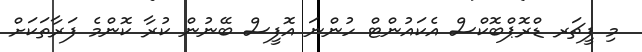
މި ފީޗަރ ޑްރޮޕްބޮކްސް އެކައުންޓް ހުންނަ އޮފީސް ބޭނުން ކުރާ ކޮންމެ ފަރާތަކަށް